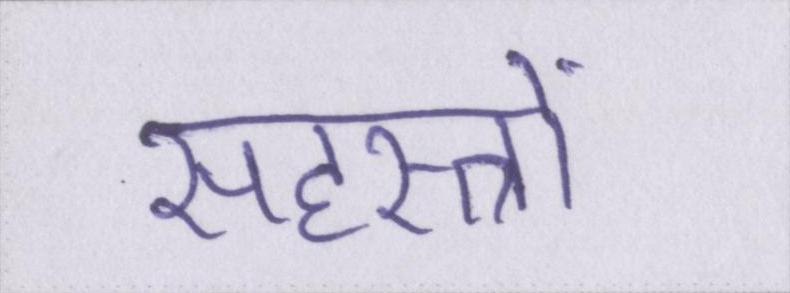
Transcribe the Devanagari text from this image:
सहस्त्रों